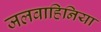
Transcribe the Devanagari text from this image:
जलवाहिनिया